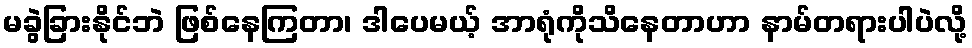
မခွဲခြားနိုင်ဘဲ ဖြစ်နေကြတာ၊ ဒါပေမယ့် အာရုံကိုသိနေတာဟာ နာမ်တရားပါပဲလို့